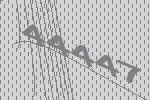
44447